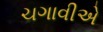
ચગાવીએ